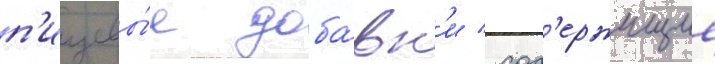
п'ищевы́е доба́вк'и / сод'ержищие